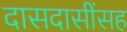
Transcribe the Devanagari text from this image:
दासदासींसह